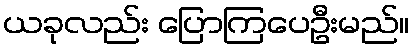
ယခုလည်း ပြောကြပေဦးမည်။